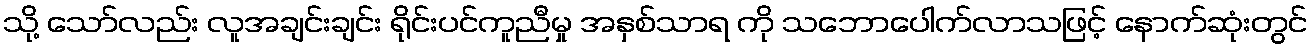
သို့ သော်လည်း လူအချင်းချင်း ရိုင်းပင်ကူညီမှု အနှစ်သာရ ကို သဘောပေါက်လာသဖြင့် နောက်ဆုံးတွင်